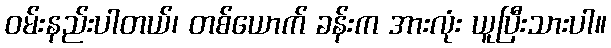
ဝမ်းနည်းပါတယ်၊ တစ်ယောက် ခန်းက အားလုံး ယူပြီးသားပါ။